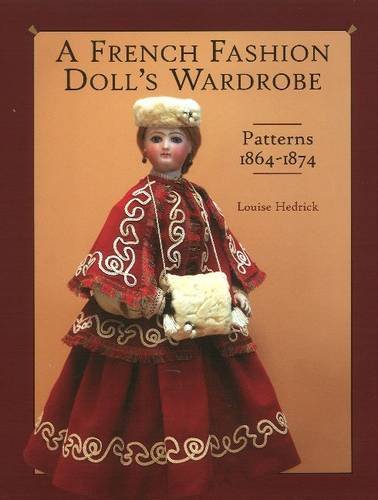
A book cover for A French Fashion Doll's Wardrobe; Louise Hedrick; Crafts, Hobbies & Home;